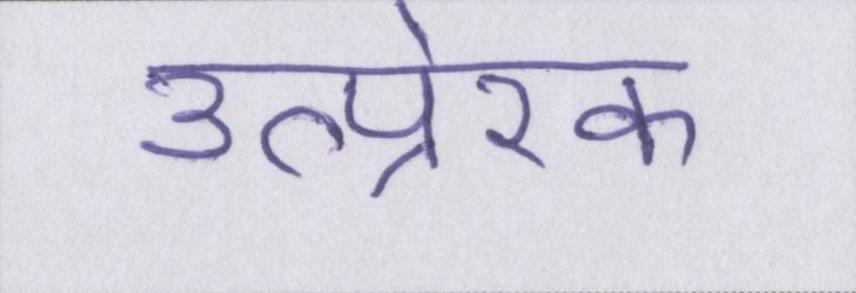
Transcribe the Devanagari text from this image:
उत्प्रेरक